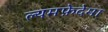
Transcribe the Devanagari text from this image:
ल्यमफ़ेदेमा